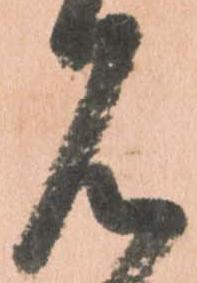
見